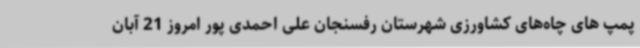
پمپ های چاه‌های کشاورزی شهرستان رفسنجان علی احمدی پور امروز 21 آبان